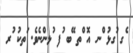
ެގ ުގޅު ްނ އޮ ްތ ޭބ ުފ ުޅންނެވެ. ަތކު ުރ